Vaccination in Burma 1920-1933 - 1920-1933
Year: 1920
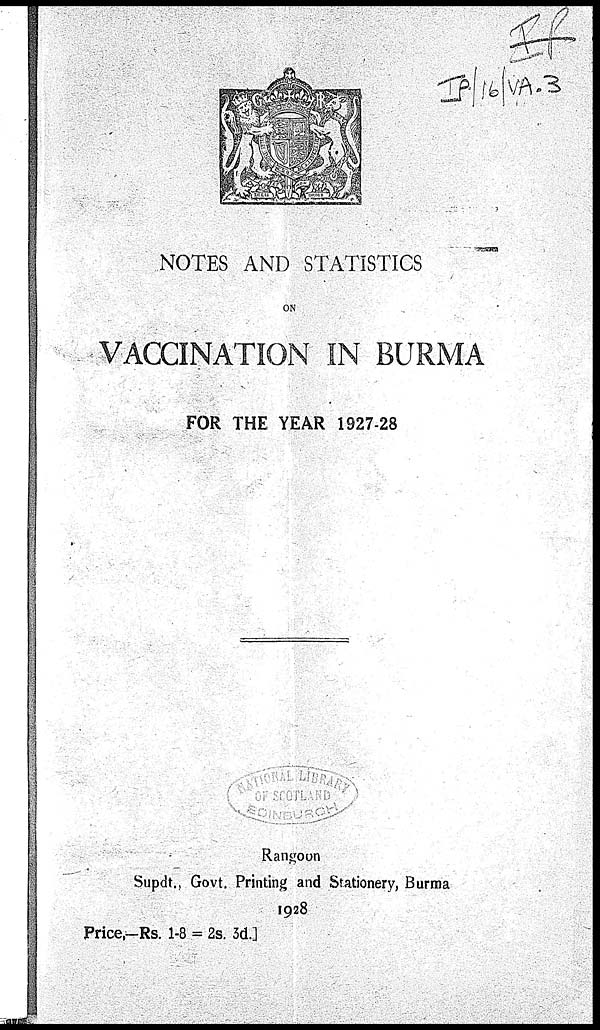
NOTES AND STATISTICS
ON
VACCINATION IN BURMA
FOR THE YEAR 1927-28
Rangoon
Supdt., Govt. Printing and Stationery, Burma
1928
Price,—Rs. 1-8 = 2s. 3d.]